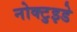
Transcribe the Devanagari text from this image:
नोक्टुइडे